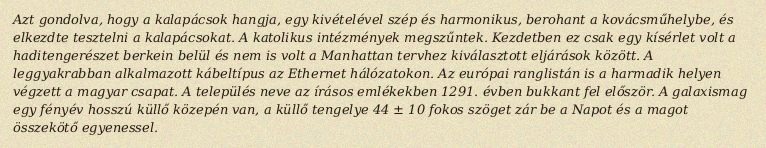
Azt gondolva, hogy a kalapácsok hangja, egy kivételével szép és harmonikus, berohant a kovácsműhelybe, és elkezdte tesztelni a kalapácsokat. A katolikus intézmények megszűntek. Kezdetben ez csak egy kísérlet volt a haditengerészet berkein belül és nem is volt a Manhattan tervhez kiválasztott eljárások között. A leggyakrabban alkalmazott kábeltípus az Ethernet hálózatokon. Az európai ranglistán is a harmadik helyen végzett a magyar csapat. A település neve az írásos emlékekben 1291. évben bukkant fel először. A galaxismag egy fényév hosszú küllő közepén van, a küllő tengelye 44 ± 10 fokos szöget zár be a Napot és a magot összekötő egyenessel.